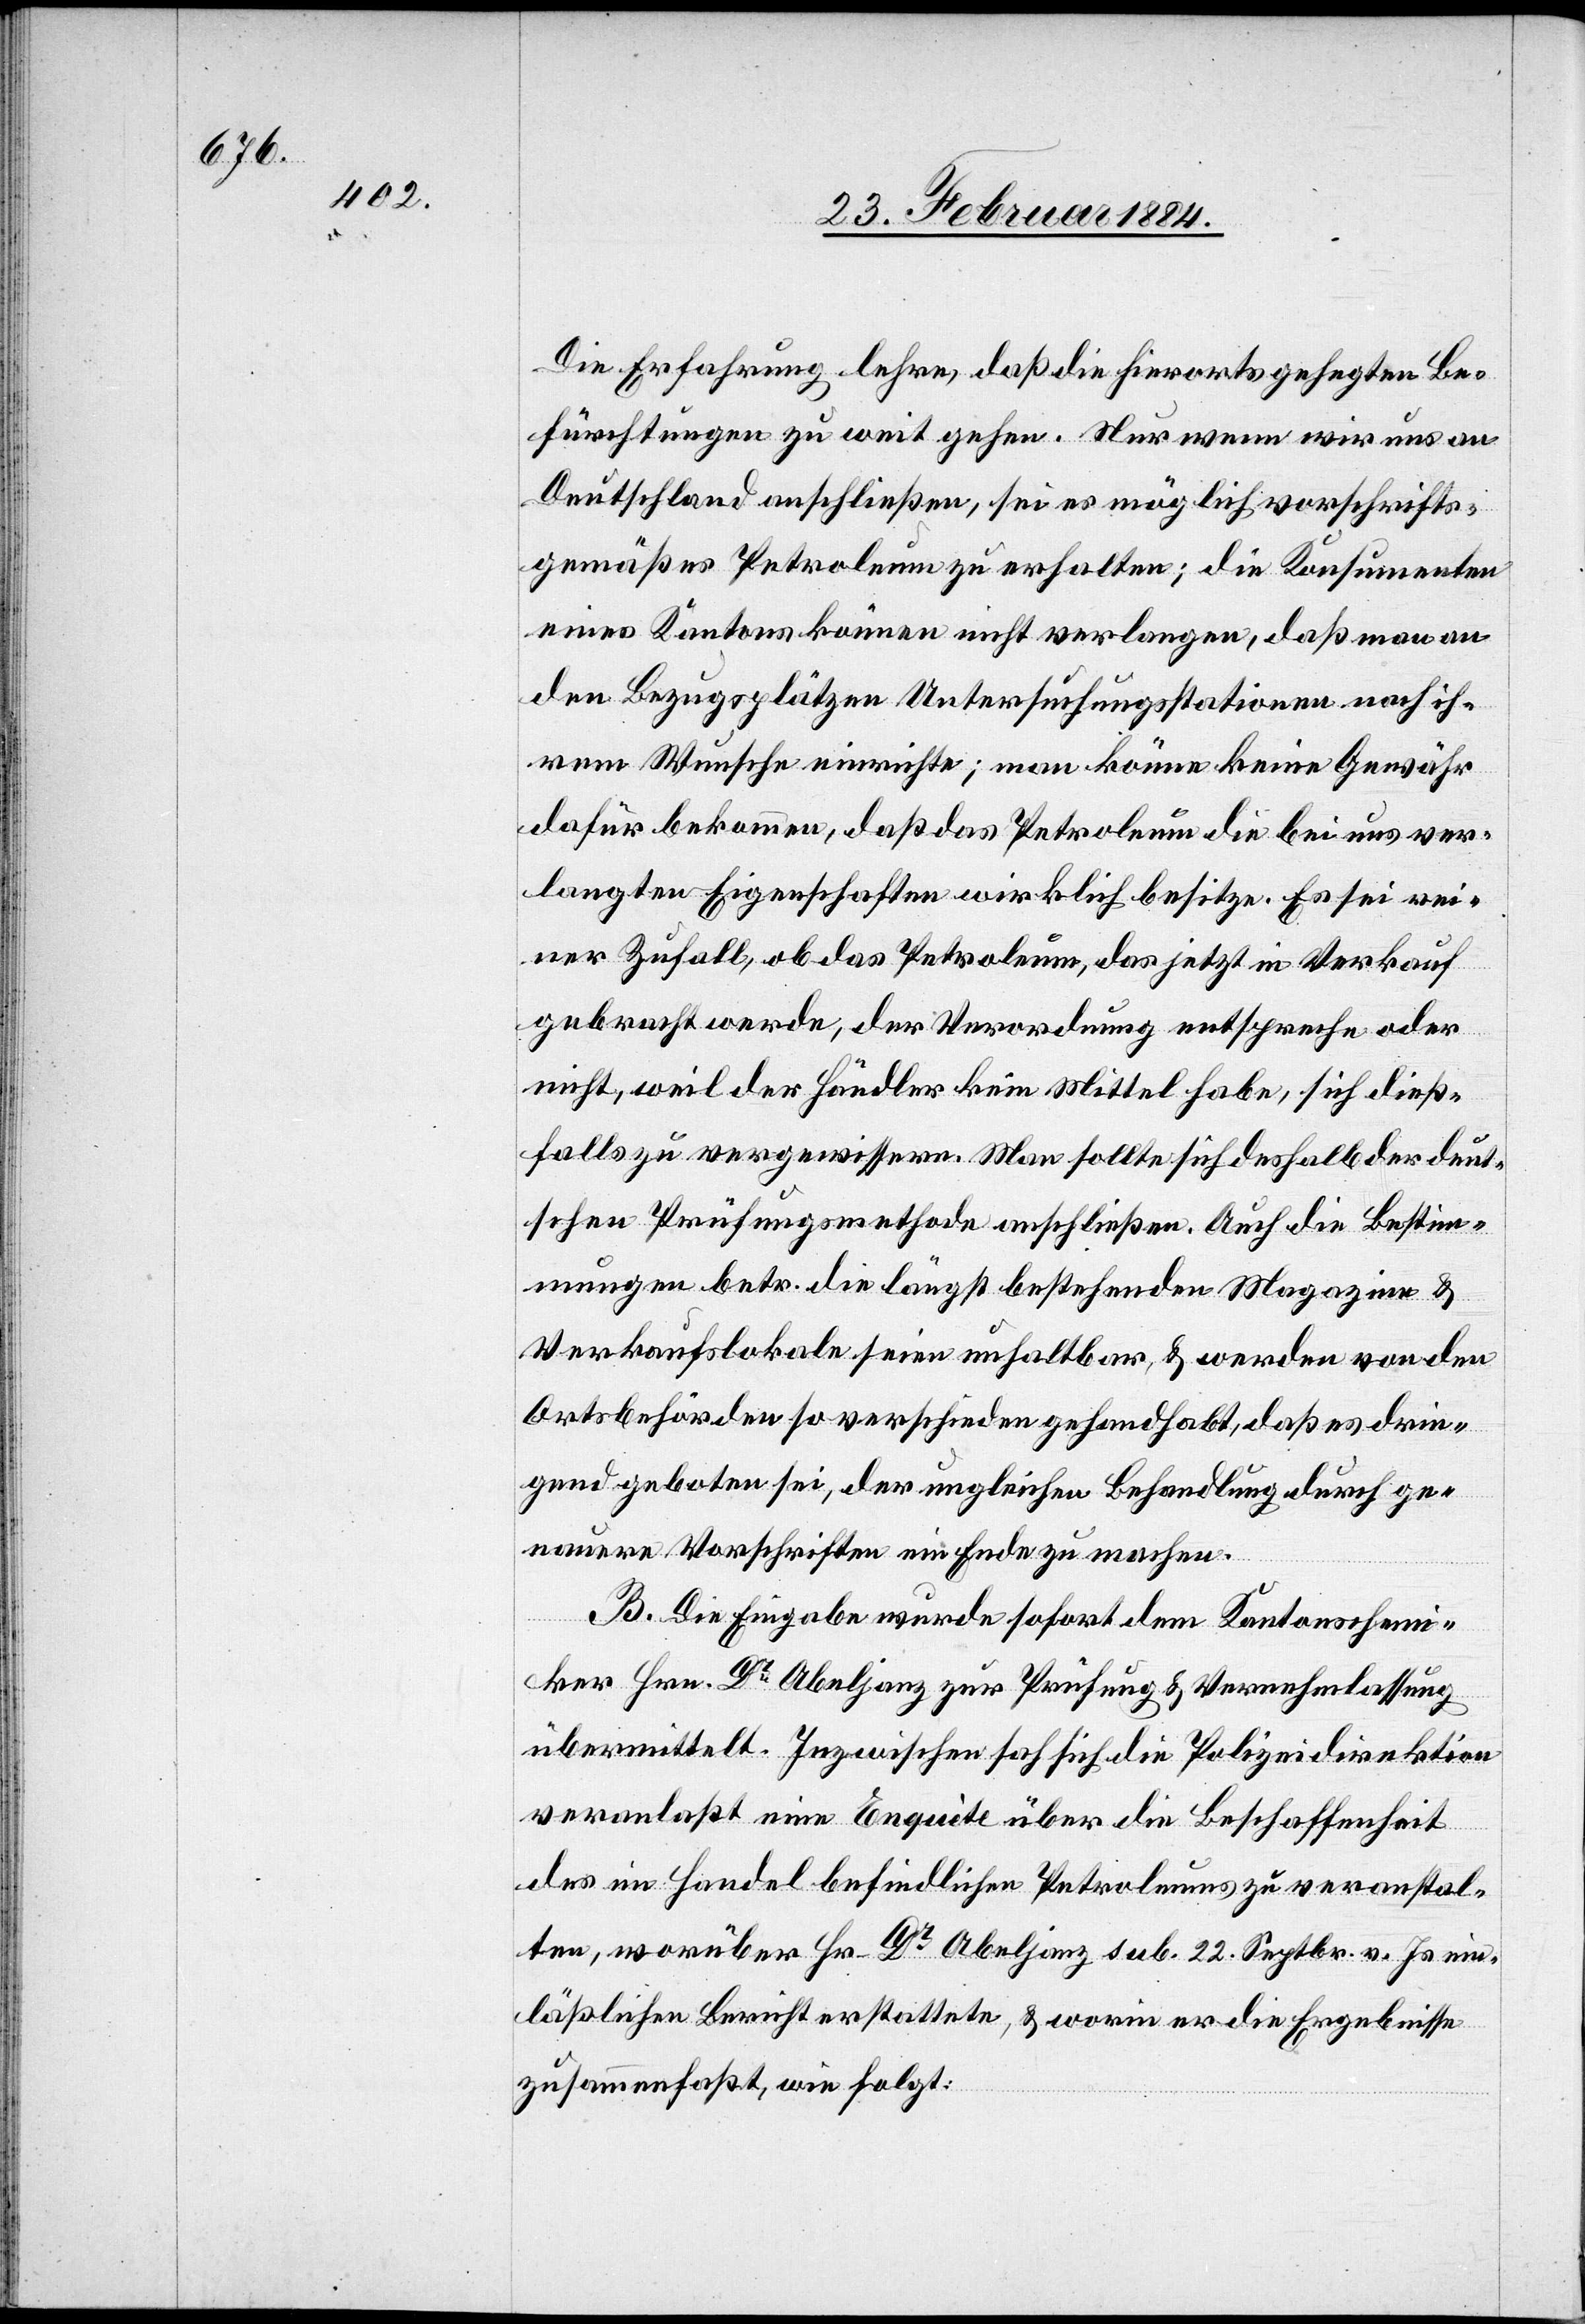
Die Erfahrung lehre, daß die hierorts gehegten Be¬
fürchtungen zu weit gehen. Nur wenn wir uns an
Deutschland anschließen, sei es möglich vorschrifts¬
gemäßes Petroleum zu erhalten; die Konsumenten
eines Kantons können nicht verlangen, daß man an
den Bezugsplätzen Untersuchungsstationen nach ih¬
rem Wunsche einrichte; man könne keine Gewähr
dafür bekommen, daß das Petroleum die bei uns ver¬
langten Eigenschaften wirklich besitze. Es sei wei¬
ter Zufall, ob das Petroleum, das jetzt in Verkauf
gebracht werde, der Verordnung entspreche oder
nicht, weil der Händler kein Mittel habe, sich dieß¬
falls zu vergewissern. Man sollte sich deshalb der deut¬
schen Prüfungsmethode anschließen. Auch die Bestim¬
mungen betr. die längst bestehenden Magazine &
Verkaufslokale seien unhaltbar, & werden von den
Ortsbehörden so verschieden gehandhabt, daß es drin¬
gend geboten sei, der ungleichen Behandlung durch ge¬
nauere Vorschriften ein Ende zu machen.
B. Die Eingabe wurde sofort dem Kantonschemi¬
ker Hrn. Dr Abeljanz zur Prüfung & Vernehmlassung
übermittelt. Inzwischen hat sich [sic!] die Polizeidirektion
veranlaßt eine Enquète über die Beschaffenheit
des im Handel befindlichen Petroleums zu veranstal¬
ten, worüber Hr. Dr Abeljanz sub. 22. Septbr. v. Js. ein¬
läßlichen Bericht erstattete, & worin er die Ergebnisse
zusammenfaßt, wie folgt: